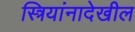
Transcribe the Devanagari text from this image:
स्त्रियांनादेखील